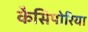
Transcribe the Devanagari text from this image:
कैसिपोरिया